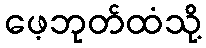
ဖေ့ဘုတ်ထံသို့